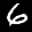
Label: 6